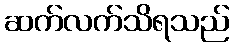
ဆက်လက်သိရသည်